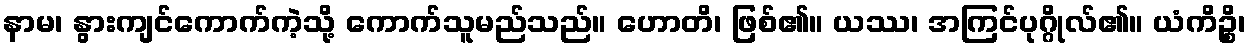
နာမ၊ နွားကျင်ကောက်ကဲ့သို့ ကောက်သူမည်သည်။ ဟောတိ၊ ဖြစ်၏။ ယဿ၊ အကြင်ပုဂ္ဂိုလ်၏။ ယံကိဉ္စိ၊